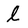
Character: l